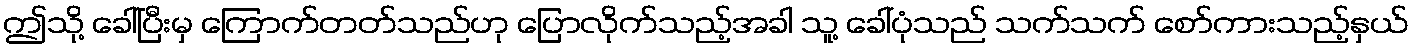
ဤသို့ ခေါ်ပြီးမှ ကြောက်တတ်သည်ဟု ပြောလိုက်သည့်အခါ သူ့ ခေါ်ပုံသည် သက်သက် စော်ကားသည့်နှယ်